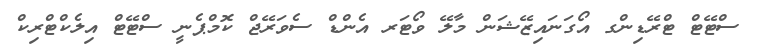
ސްޓޭޓް ޓްރޭޑިންގ އޯގަނައިޒޭޝަން މާލޭ ވޯޓަރ އެންޑް ސެވަރޭޖް ކޮމްޕެނީ ސްޓޭޓް އިލެކްޓްރިކް